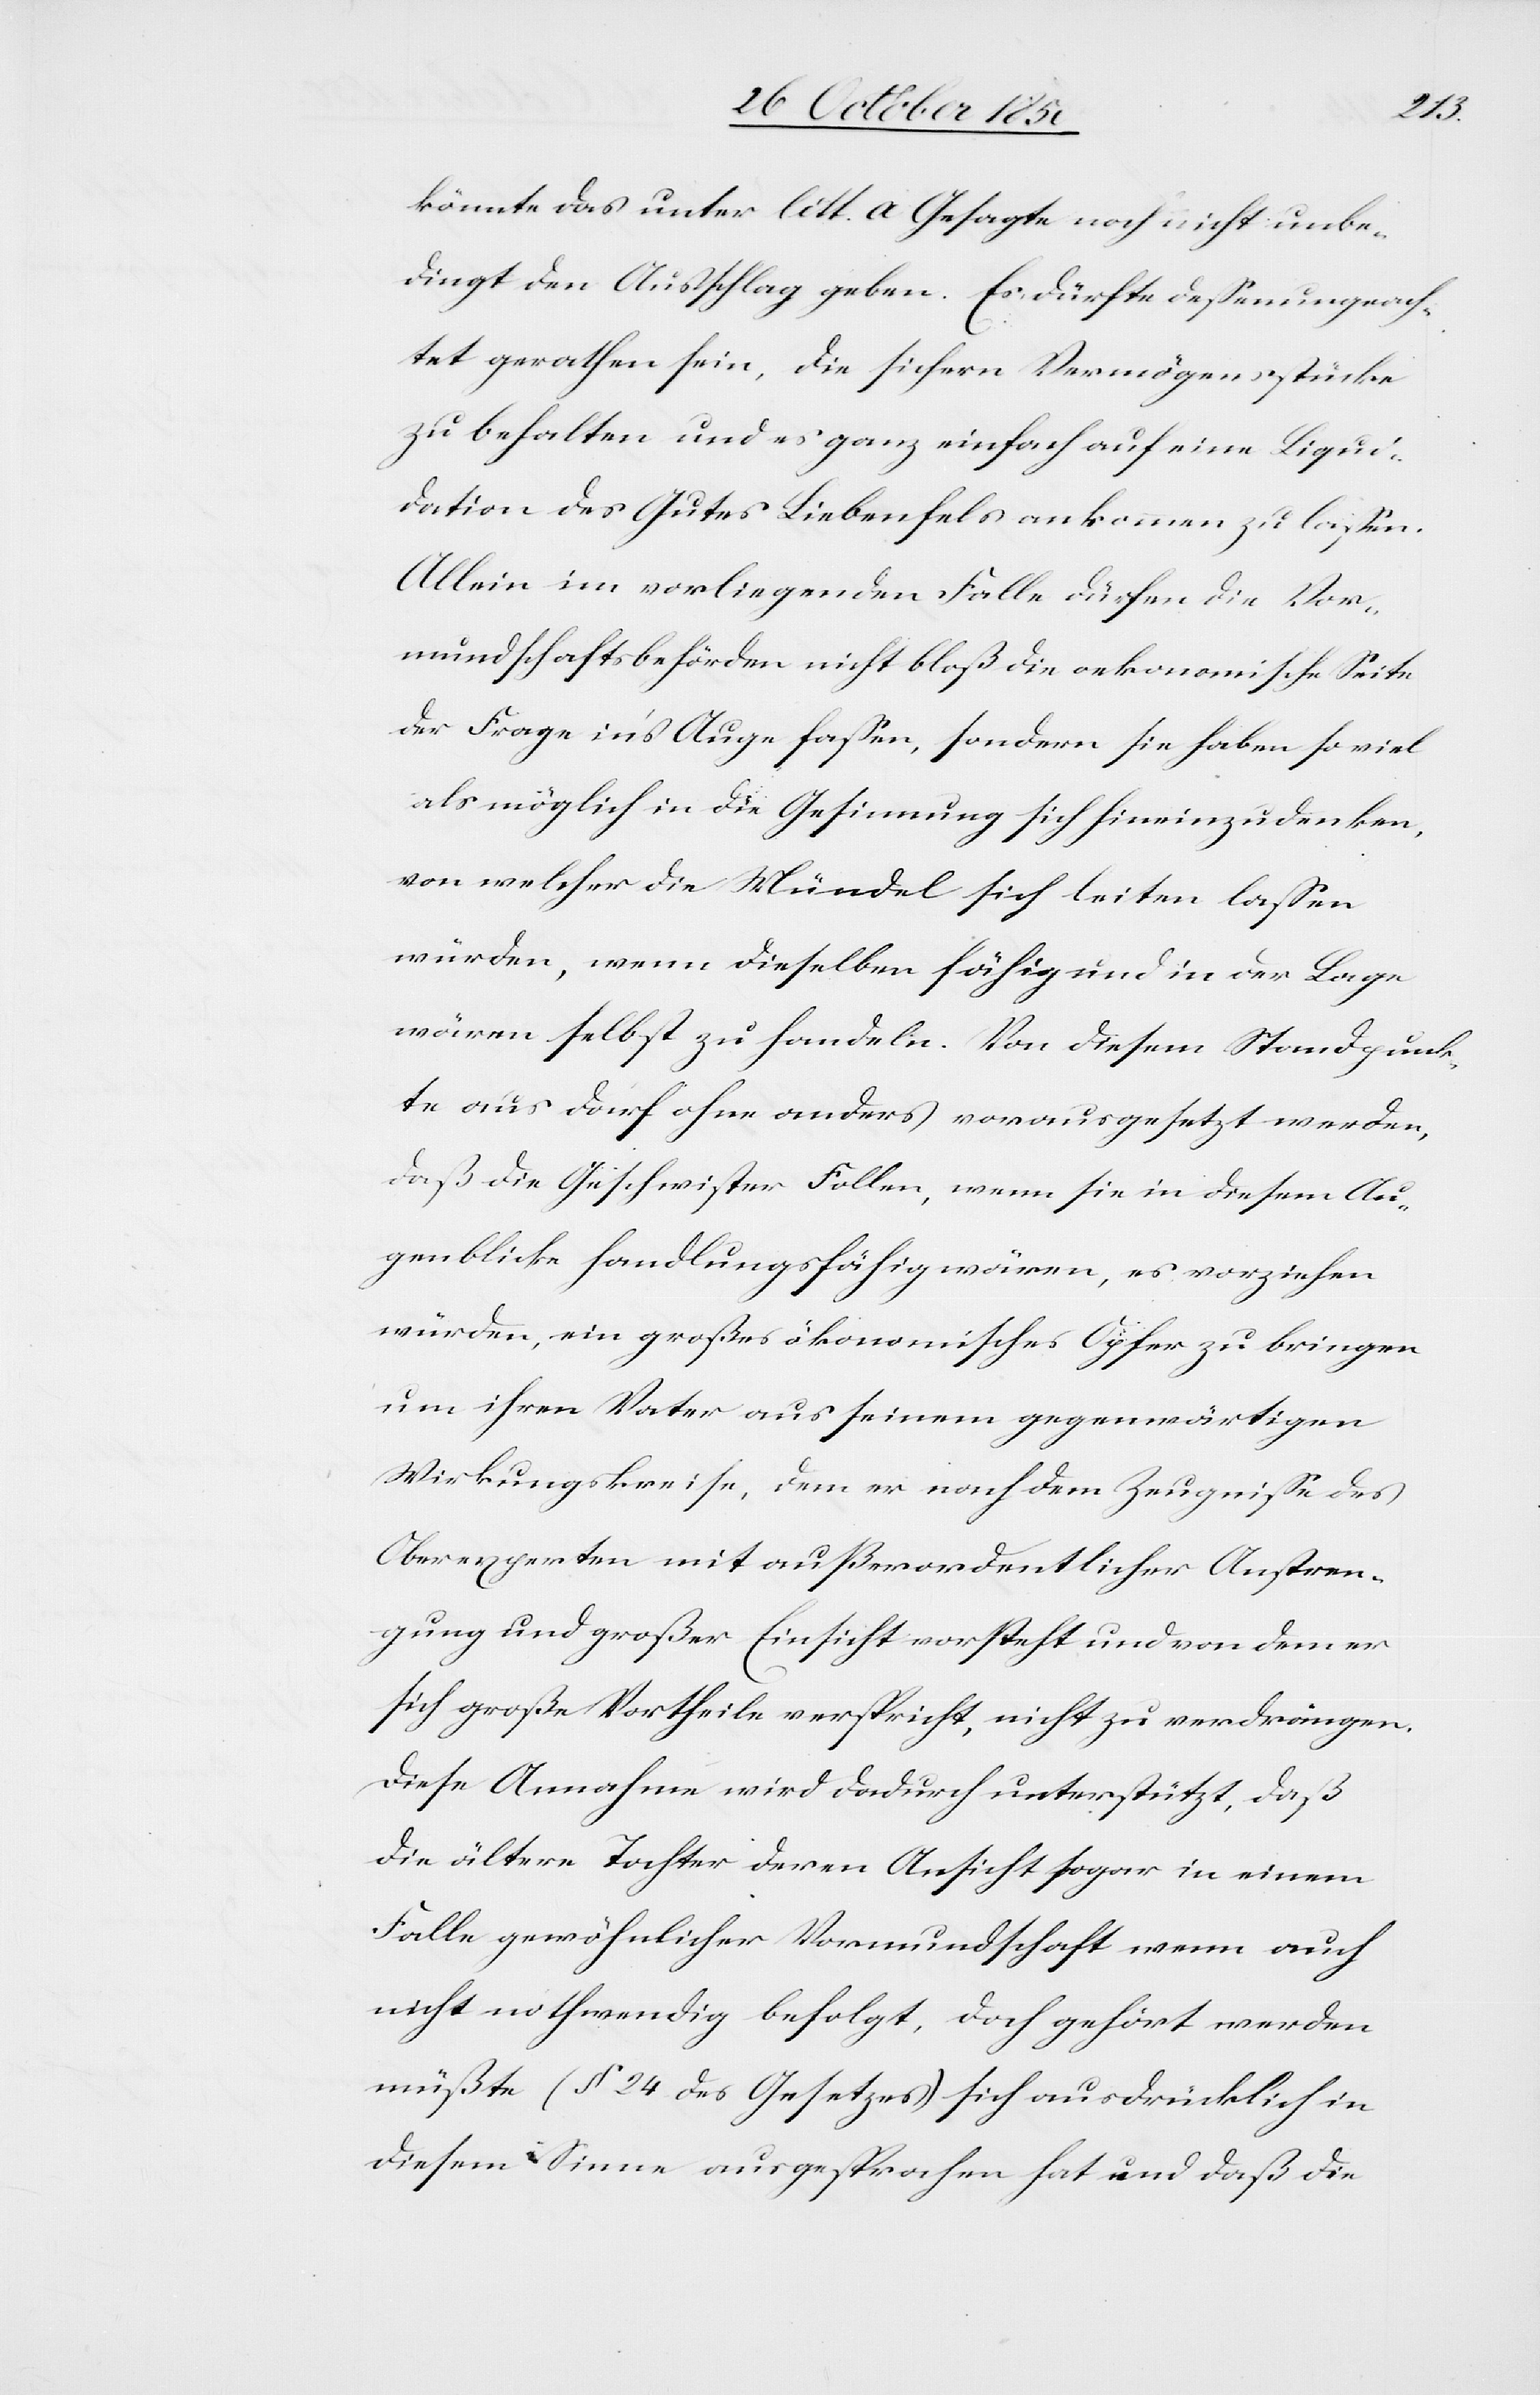
könnte das unter litt. a Gesagte noch nicht unbe¬
dingt den Ausschlag geben. Es dürfte dessenungeach¬
tet gerathen sein, die sichern Vermögensstücke
zu behalten und es ganz einfach auf eine Liqui¬
dation des Gutes Liebenfels ankommen zu lassen.
Allein im vorliegenden Falle dürfen die Vor¬
mundschaftsbehörden nicht bloß die oekonomische Seite
der Frage in’s Auge fassen, sondern sie haben so viel
als möglich in die Gesinnung sich hineinzudenken,
von welcher die Mündel sich leiten lassen
würden, wenn dieselben fähig und in der Lage
wären selbst zu handeln. Von diesem Standpunk¬
te aus darf ohne anders vorausgesetzt werden,
daß die Geschwister Follen, wenn sie in diesem Au¬
genblicke handlungsfähig wären, es vorziehen
würden, ein großes ökonomisches Opfer zu bringen
um ihren Vater aus seinem gegenwärtigen
Wirkungskreise, dem er nach dem Zeugnisse des
Oberexperten mit außerordentlicher Anstren¬
gung und großer Einsicht vorsteht und von dem er
sich große Vortheile verspricht, nicht zu verdrängen.
Diese Annahme wird dadurch unterstützt, daß
die ältere Tochter deren Ansicht sogar in einem
Falle gewöhnlicher Vormundschaft wenn auch
nicht nothwendig befolgt, doch gehört werden
müßte (§ 24 des Gesetzes) sich ausdrücklich in
diesem Sinne ausgesprochen hat und daß die